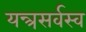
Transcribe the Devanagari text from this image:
यन्त्रसर्वस्व